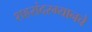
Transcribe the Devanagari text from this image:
शहरांदरम्यानचे